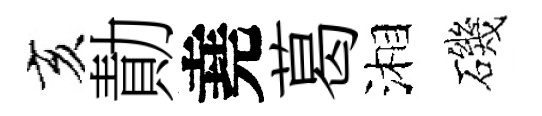
亥勣堯葛湘磯